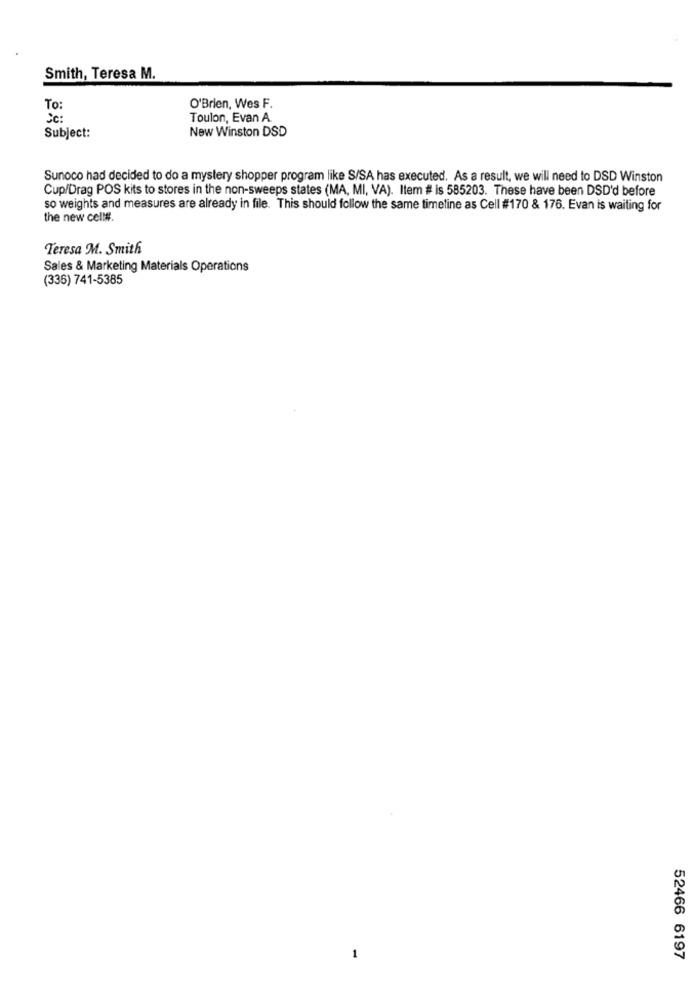
Smith, Teresa M.
To:
O'Brien, Wes F.
CC :
Toulon, Evan A.
New Winston DSD
Subject:
Sunoco had decided to do a mystery shopper program like S/SA has executed. As a result, we will need to DSD Winston
Cup/Drag POS kits to stores in the non-sweeps states (MA, MI, VA). Item # is 585203. These have been DSD'd before
so weights and measures are already in file. This should follow the same timeline as Cell #170 & 176. Evan is waiting for
the new cell#.
Teresa M. Smith
Sales & Marketing Materials Operations
(336) 741-5385
52466 6197